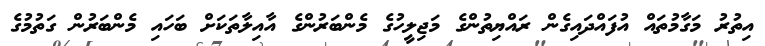
އިތުރު މަގާމުތައް އުފައްދައިގެން ރައްޔިތުންގެ މަޖިލީހުގެ މެންބަރުންގެ އާއިލާތަކަށް ބަހައި މެންބަރުން ގަތުމުގެ